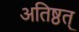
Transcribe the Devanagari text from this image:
अतिष्ठत्